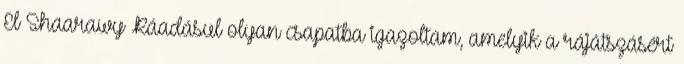
El Shaarawy Ráadásul olyan csapatba igazoltam, amelyik a rájátszásért